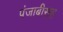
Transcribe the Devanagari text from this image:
पंजाबीसह